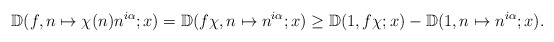
\begin{align*}\mathbb{D}(f, n \mapsto \chi(n) n^{i\alpha}; x) = \mathbb{D}(f \chi, n \mapsto n^{i\alpha}; x) \geq \mathbb{D}(1, f \chi; x) - \mathbb{D}(1, n \mapsto n^{i\alpha}; x).\end{align*}